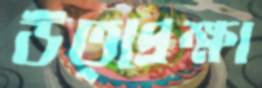
উত্প্রেক্ষা